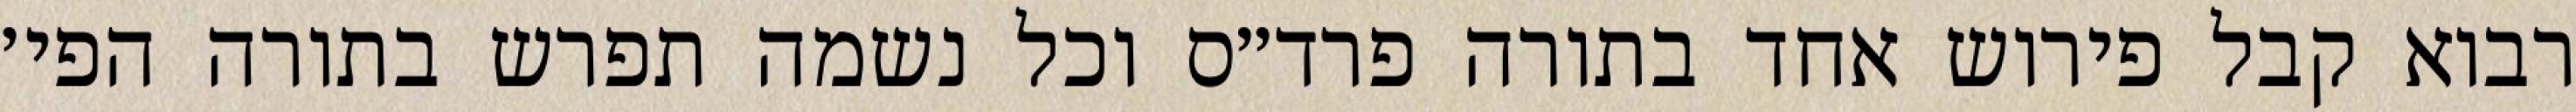
רבוא קבל פירוש אחד בתורה פרד״ס וכל נשמה תפרש בתורה הפי׳